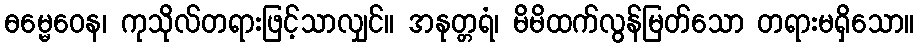
ဓမ္မေဝေန၊ ကုသိုလ်တရားဖြင့်သာလျှင်။ အနုတ္တရံ၊ မိမိထက်လွန်မြတ်သော တရားမရှိသော။